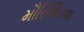
મૌરિશિયશ